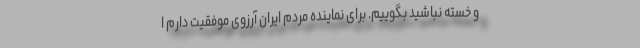
و خسته نباشید بگوییم. برای نماینده مردم ایران آرزوی موفقیت دارم ا